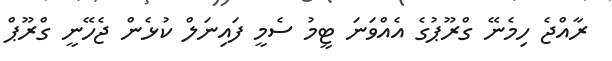
ރާއްޖެ ހިމެނޭ ގްރޫޕުގެ އެއްވަނަ ޓީމު ސެމީ ފައިނަލް ކުޅެން ޖެހޭނީ ގްރޫޕް